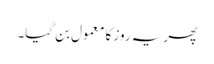
پھر یہ روز کا معمول بن گیا۔